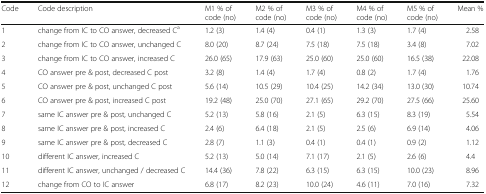
<table><thead><tr><td><b>Code</b></td><td><b>Code description</b></td><td><b>M1 % of code (no)</b></td><td><b>M2 % of code (no)</b></td><td><b>M3 % of code (no)</b></td><td><b>M4 % of code (no)</b></td><td><b>M5 % of code (no)</b></td><td><b>Mean %</b></td></tr></thead><tbody><tr><td>1</td><td>change from IC to CO answer, decreased C<sup>a</sup></td><td>1.2 (3)</td><td>1.4 (4)</td><td>0.4 (1)</td><td>1.3 (3)</td><td>1.7 (4)</td><td>2.58</td></tr><tr><td>2</td><td>change from IC to CO answer, unchanged C</td><td>8.0 (20)</td><td>8.7 (24)</td><td>7.5 (18)</td><td>7.5 (18)</td><td>3.4 (8)</td><td>7.02</td></tr><tr><td>3</td><td>change from IC to CO answer, increased C</td><td>26.0 (65)</td><td>17.9 (63)</td><td>25.0 (60)</td><td>25.0 (60)</td><td>16.5 (38)</td><td>22.08</td></tr><tr><td>4</td><td>CO answer pre &amp; post, decreased C post</td><td>3.2 (8)</td><td>1.4 (4)</td><td>1.7 (4)</td><td>0.8 (2)</td><td>1.7 (4)</td><td>1.76</td></tr><tr><td>5</td><td>CO answer pre &amp; post, unchanged C post</td><td>5.6 (14)</td><td>10.5 (29)</td><td>10.4 (25)</td><td>14.2 (34)</td><td>13.0 (30)</td><td>10.74</td></tr><tr><td>6</td><td>CO answer pre &amp; post, increased C post</td><td>19.2 (48)</td><td>25.0 (70)</td><td>27.1 (65)</td><td>29.2 (70)</td><td>27.5 (66)</td><td>25.60</td></tr><tr><td>7</td><td>same IC answer pre &amp; post, unchanged C</td><td>5.2 (13)</td><td>5.8 (16)</td><td>2.1 (5)</td><td>6.3 (15)</td><td>8.3 (19)</td><td>5.54</td></tr><tr><td>8</td><td>same IC answer pre &amp; post, increased C</td><td>2.4 (6)</td><td>6.4 (18)</td><td>2.1 (5)</td><td>2.5 (6)</td><td>6.9 (14)</td><td>4.06</td></tr><tr><td>9</td><td>same IC answer pre &amp; post, decreased C</td><td>2.8 (7)</td><td>1.1 (3)</td><td>0.4 (1)</td><td>0.4 (1)</td><td>0.9 (2)</td><td>1.12</td></tr><tr><td>10</td><td>different IC answer, increased C</td><td>5.2 (13)</td><td>5.0 (14)</td><td>7.1 (17)</td><td>2.1 (5)</td><td>2.6 (6)</td><td>4.4</td></tr><tr><td>11</td><td>different IC answer, unchanged / decreased C</td><td>14.4 (36)</td><td>7.8 (22)</td><td>6.3 (15)</td><td>6.3 (15)</td><td>10.0 (23)</td><td>8.96</td></tr><tr><td>12</td><td>change from CO to IC answer</td><td>6.8 (17)</td><td>8.2 (23)</td><td>10.0 (24)</td><td>4.6 (11)</td><td>7.0 (16)</td><td>7.32</td></tr></tbody></table>